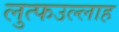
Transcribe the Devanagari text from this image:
लुत्फउल्लाह